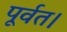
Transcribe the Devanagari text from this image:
पूर्वत।